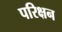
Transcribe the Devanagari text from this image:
परिक्षन